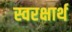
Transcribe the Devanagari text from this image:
स्वरक्षार्थ